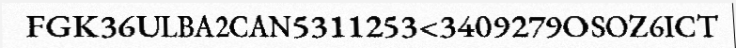
FGK36ULBA2CAN5311253<3409279OSOZ6ICT